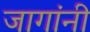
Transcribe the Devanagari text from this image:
जागांनी